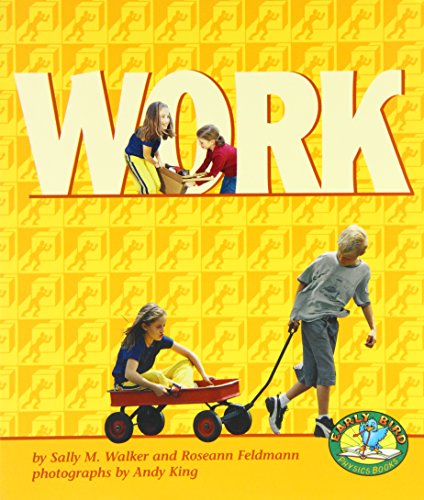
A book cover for Work (Early Bird Physics); Sally M. Walker; Children's Books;